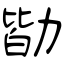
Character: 勓